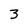
Character: 3